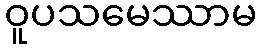
ဝူပသမေဿာမ